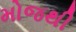
મોજથી